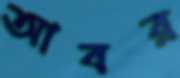
আবর